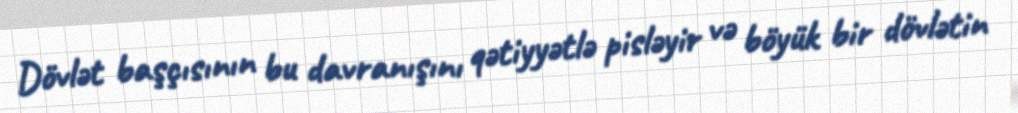
Dövlət başçısının bu davranışını qətiyyətlə pisləyir və böyük bir dövlətin